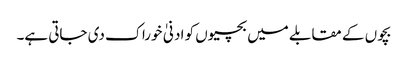
بچوں کے مقابلے میں بچیوں کو ادنیٰ خوراک دی جاتی ہے۔